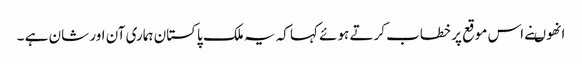
انھوںنے اس موقع پر خطاب کرتے ہوئے کہا کہ یہ ملک پاکستان ہماری آن اور شان ہے ۔